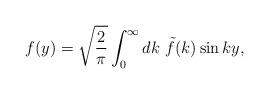
LaTeX: \begin{align*}f(y)=\sqrt{\frac{2}{\pi}} \int_0^{\infty} dk\ \tilde{f}(k) \sin ky, \end{align*}